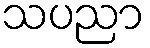
သပညာ